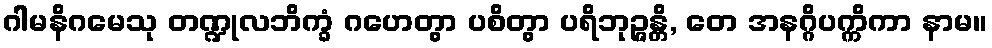
ဂါမနိဂမေသု တဏ္ဍုလဘိက္ခံ ဂဟေတွာ ပစိတွာ ပရိဘုဉ္ဇန္တိ, တေ အနဂ္ဂိပက္ကိကာ နာမ။